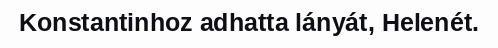
Konstantinhoz adhatta lányát, Helenét.